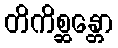
တိကိစ္ဆန္တော